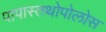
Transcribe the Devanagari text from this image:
पापास्तथोपोलोस